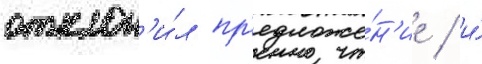
отклон'и́л пр'едложе́н'ие / и́